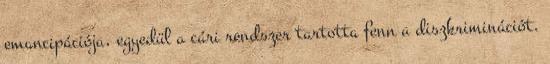
emancipációja, egyedül a cári rendszer tartotta fenn a diszkriminációt.